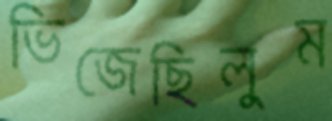
ভিজেছিলুম